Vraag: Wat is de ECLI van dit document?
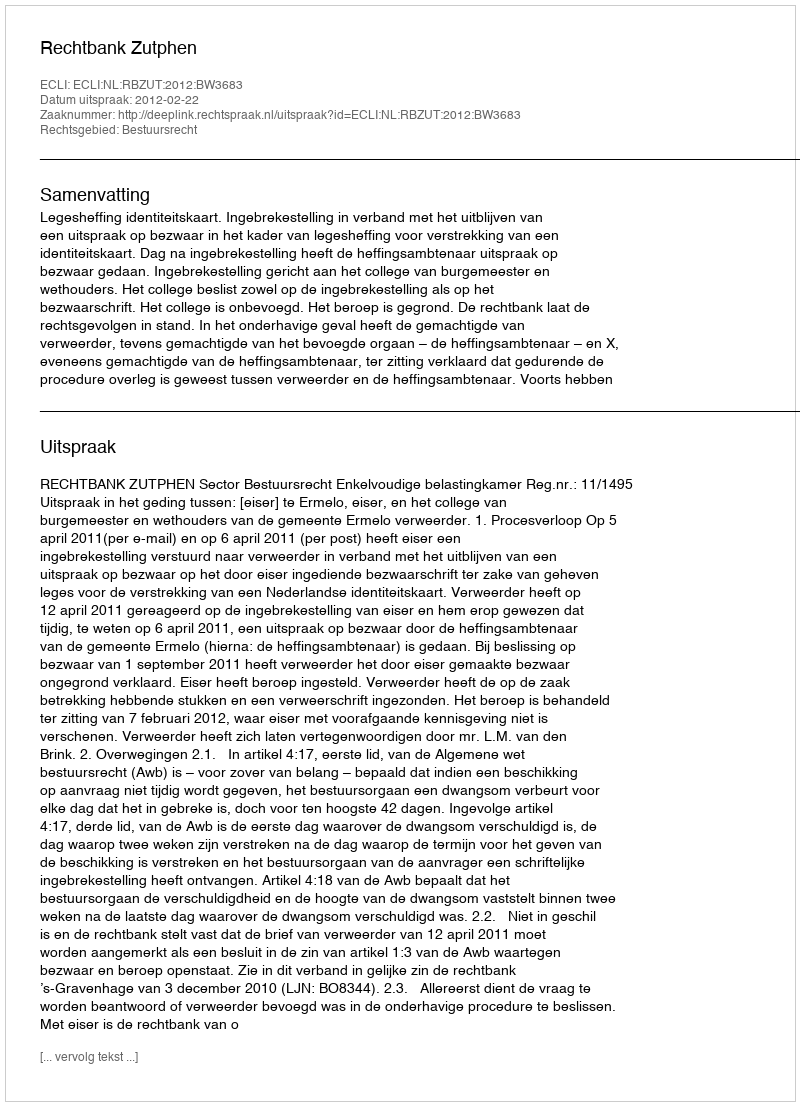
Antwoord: ECLI:NL:RBZUT:2012:BW3683